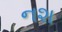
નશ